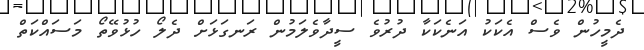
ދެމީހުން ވެސް އެކަކު އަނެކަކާ ދުރުވެ ސީދާވެލަމުން ރަނގަޅަށް ދެލޯ ހުޅުވޭތޯ މަސައްކަތް